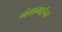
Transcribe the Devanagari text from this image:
गंगामाईना